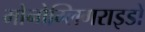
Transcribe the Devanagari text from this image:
मोनोग्लिगराइडों